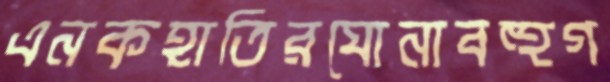
এনকহাতিরঘোনাবহুগ